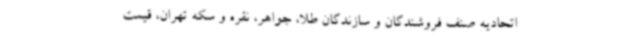
اتحادیه صنف فروشندگان و سازندگان طلا، جواهر، نقره و سکه تهران، قیمت